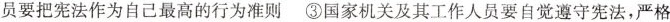
员要把宪法作为自己最高的行为准则 ③国家机关及其工作人员要自觉遵守宪法，严格